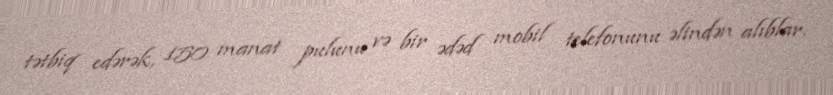
tətbiq edərək, 150 manat pulunu və bir ədəd mobil telefonunu əlindən alıblar.